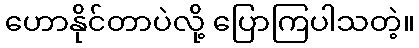
ဟောနိုင်တာပဲလို့ ပြောကြပါသတဲ့။